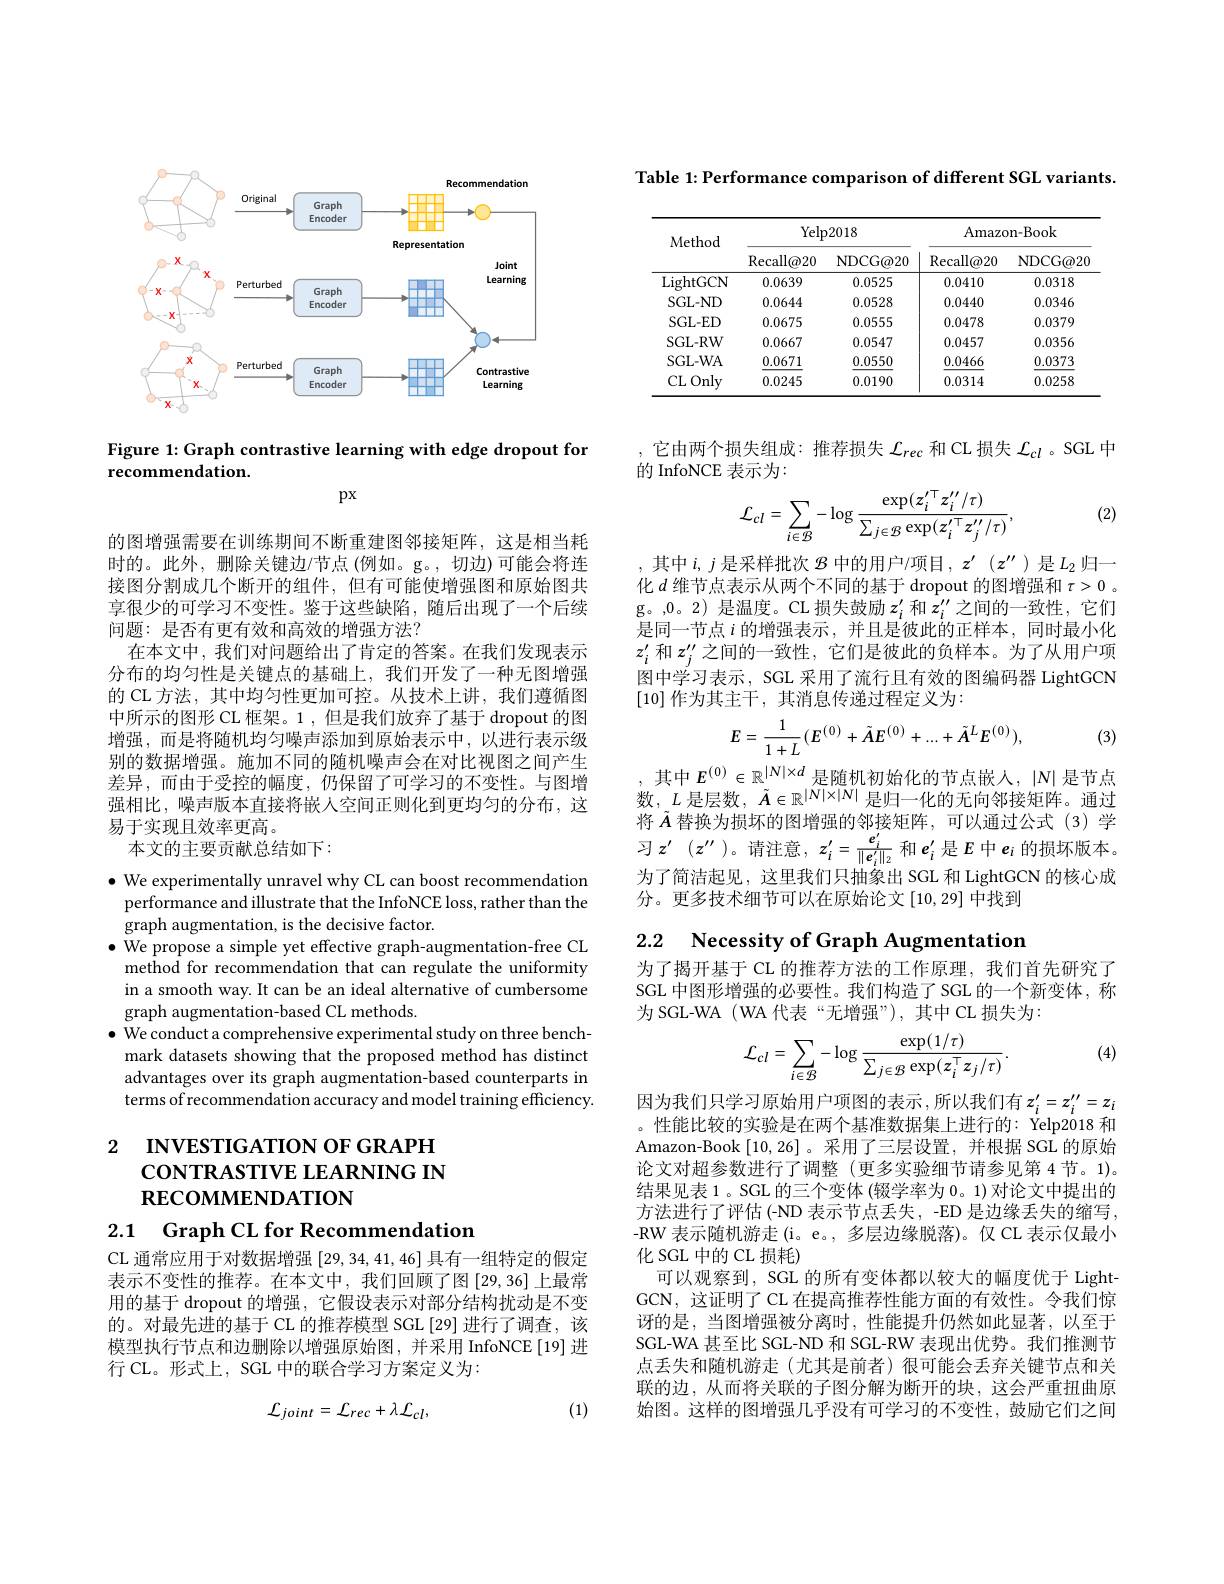
<FigureHere>

Figure 1: Graph contrastive learning with edge dropout for
recommendation.

$px$

的图增强需要在训练期间不断重建图邻接矩阵，这是相当耗时的。此外，删除关键边/节点(例如。g。,切边)可能会将连接图分割成几个断开的组件，但有可能使增强图和原始图共享很少的可学习不变性。鉴于这些缺陷，随后出现了一个后续问题：是否有更有效和高效的增强方法？
在本文中，我们对问题给出了肯定的答案。在我们发现表示分布的均匀性是关键点的基础上，我们开发了一种无图增强的 CL 方法，其中均匀性更加可控。从技术上讲，我们遵循图中所示的图形 CL 框架。1 ,但是我们放弃了基于 dropout 的图增强，而是将随机均匀噪声添加到原始表示中，以进行表示级别的数据增强。施加不同的随机噪声会在对比视图之间产生差异，而由于受控的幅度，仍保留了可学习的不变性。与图增强相比，噪声版本直接将嵌人空间正则化到更均匀的分布，这易于实现且效率更高。
本文的主要贡献总结如下：
$\bullet$ We experimentally unravel why CL can boost recommendation performance and illustrate that the InfoNCE loss, rather than the graph augmentation, is the decisive factor.
$\bullet$ We propose a simple yet effective graph-augmentation-free CL
method for recommendation that can regulate the uniformity in a smooth way. It can be an ideal alternative of cumbersome graph augmentation-based CL methods.
$\bullet$ We conduct a comprehensive experimental study on three benchmark datasets showing that the proposed method has distinct advantages over its graph augmentation-based counterparts in terms of recommendation accuracy and model training efficiency.

2 INVESTIGATION OF GRAPH
coNTRASTIVE LEARNING IN
# $\mathbf{RECOMMENDATION}$
2.1 Graph CL for Recommendatior

CL 通常应用于对数据增强[29,34,41,46]具有一组特定的假定表示不变性的推荐。在本文中，我们回顾了图[29,36]上最常用的基于 dropout 的增强，它假设表示对部分结构扰动是不变的。对最先进的基于 CL 的推荐模型 SGL [29] 进行了调查，该模型执行节点和边删除以增强原始图，并采用 InfoNCE[19]进行 CL。形式上，SGL 中的联合学习方案定义为：

(1)
$$\mathcal{L}_{joint}=\mathcal{L}_{rec}+\lambda\mathcal{L}_{cl},$$
Table 1: Performance comparison of different SGL variants.

<table>
	<tbody>
		<tr>
			<th rowspan="2">Method</th>
			<th colspan="2">Yelp2018</th>
			<th colspan="2">Amazon- Book</th>
		</tr>
		<tr>
			<th>$\operatorname{Recall@20}$</th>
			<th>NDCG@ 20</th>
			<th>$\operatorname{Recall@20}$</th>
			<th>NDCG@ 20</th>
		</tr>
		<tr>
			<td>LightGCN</td>
			<td>0.0639</td>
			<td>0.0525</td>
			<td>0.0410</td>
			<td>0.0318</td>
		</tr>
		<tr>
			<td>SGL- ND</td>
			<td>0.0644</td>
			<td>0.0528</td>
			<td>0.0440</td>
			<td>0.0346</td>
		</tr>
		<tr>
			<td>SGL- ED</td>
			<td>0.0675</td>
			<td>0.0555</td>
			<td>0.0478</td>
			<td>0.0379</td>
		</tr>
		<tr>
			<td>SGL- RW</td>
			<td>0.0667</td>
			<td>0.0547</td>
			<td>0.0457</td>
			<td>0.0356</td>
		</tr>
		<tr>
			<td>SGL- WA</td>
			<td>0.0671</td>
			<td>0.0550</td>
			<td>0.0466</td>
			<td>0.0373</td>
		</tr>
		<tr>
			<td>CLOnly</td>
			<td>0.0245</td>
			<td>0.0190</td>
			<td>0.0314</td>
			<td>0.0258</td>
		</tr>
	</tbody>
</table>

它由两个损失组成：推荐损失$\mathcal{L}_rec$和 CL 损失$\mathcal{L}_cl$ 。SGL 中
的 InfoNCE 表示为：
$$\mathcal{L}_{cl}=\sum_{i\in\mathcal{B}}-\log\frac{\exp(z_{i}^{\prime\top}z_{i}^{\prime\prime}/\tau)}{\sum_{j\in\mathcal{B}}\exp(z_{i}^{\prime\top}z_{j}^{\prime\prime}/\tau)},$$
(2)

,其中$i,j$是采样批次$\mathscr{B}$中的用户/项目$,z^\prime(z^{\prime\prime})$是$L_2$归一化$d$维节点表示从两个不同的基于 dropout 的图增强和$\tau>0$ 。g。,0。2) 是温度。CL 损失鼓励$z_i^{\prime}$和$z_i^{\prime\prime}$之间的一致性，它们是同一节点$i$的增强表示，并且是彼此的正样本，同时最小化$z_i^{\prime}$和$z_j^\prime\prime$之间的一致性，它们是彼此的负样本。为了从用户项图中学习表示，SGL 采用了流行且有效的图编码器 LightGCN [10]作为其主干，其消息传递过程定义为：

(3)
$$E=\frac1{1+L}(E^{(0)}+\tilde{A}E^{(0)}+...+\tilde{A}^{L}E^{(0)}),$$
,其中$E^(0)\in\mathbb{R}^{|N|\times d}$是随机初始化的节点嵌人，$|N|$是节点

数，$L$是层数，$\tilde{A}\in\mathbb{R}^{|N|\times|N|}$是归一化的无向邻接矩阵。通过将$\tilde{A}$替换为损坏的图增强的邻接矩阵，可以通过公式 (3)学$习z^{\prime}(z^{\prime\prime})$。请注意$,z_i^{\prime}=\frac{e_{i}^{\prime}}{\|e_{i}^{\prime}\|_{2}^{\prime}}$和$e_i^{\prime}$是$E$中$e_i$的损坏版本。为了简洁起见，这里我们只抽象出 SGL 和 LightGCN 的核心成分。更多技术细节可以在原始论文[10,29]中找到

## 2.2 Necessity of Graph Augmentation

为了揭开基于 CL 的推荐方法的工作原理，我们首先研究了SGL 中图形增强的必要性。我们构造了 SGL 的一个新变体，称为 SGL-WA ( WA 代表“无增强”), 其中 CL 损失为：

(4)
$$\mathcal{L}_{cl}=\sum_{i\in\mathcal{B}}-\log\frac{\exp(1/\tau)}{\sum_{j\in\mathcal{B}}\exp(z_{i}^{\top}z_{j}/\tau)}.$$
因为我们只学习原始用户项图的表示，所以我们有$z_i^{\prime}=z_i^{\prime\prime}=z_i$ 。性能比较的实验是在两个基准数据集上进行的：Yelp2018 和Amazon-Book [10,26] 。采用了三层设置，并根据 SGL 的原始论文对超参数进行了调整(更多实验细节请参见第 4 节。1)。结果见表 1 。SGL 的三个变体 (辍学率为 0。1) 对论文中提出的方法进行了评估(-ND 表示节点丢失，-ED 是边缘丢失的缩写， -RW 表示随机游走 (i。e。, 多层边缘脱落)。仅 CL 表示仅最小化 SGL 中的 CL 损耗)
可以观察到，SGL 的所有变体都以较大的幅度优于 LightGCN, 这证明了 CL 在提高推荐性能方面的有效性。令我们惊讶的是，当图增强被分离时，性能提升仍然如此显著，以至于SGL-WA 甚至比 SGL-ND 和 SGL-RW 表现出优势。我们推测节点丢失和随机游走(尤其是前者)很可能会丢弃关键节点和关联的边，从而将关联的子图分解为断开的块，这会严重扭曲原始图。这样的图增强几乎没有可学习的不变性，鼓励它们之间